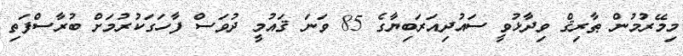
މިމޭރުމުން ޠާރިޤް ވިދާޅުވީ ސައުދިއަރަބިޔާގެ 85 ވަނަ ޤައުމީ ދުވަސް ފާހަގަކުރުމަށް ބުރާސްފަތި